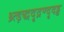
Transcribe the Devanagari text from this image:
थ्र्त्ड़द्धदृद्रण्दृदड्ढ